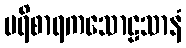
ပရိစာရကသောဠသာနံ